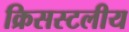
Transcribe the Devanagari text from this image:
क्रिसस्टलीय